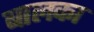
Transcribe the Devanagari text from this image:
बालका